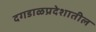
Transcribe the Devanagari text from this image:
दगडाळप्रदेशातील